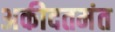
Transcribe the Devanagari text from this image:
अकीदतमंत